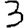
Digit: 3